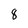
Character: 8